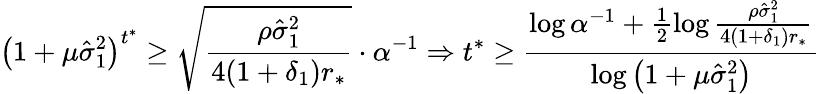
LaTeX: \left(1+\mu\hat{\sigma}_{1}^{2}\right)^{t^{*}}\geq\sqrt{\frac{\rho\hat{\sigma}_{1}^{2}}{4(1+\delta_{1})r_{*}}}\cdot\alpha^{-1}\Rightarrow t^{*}\geq\frac{\log\alpha^{-1}+\frac{1}{2}\log\frac{\rho\hat{\sigma}_{1}^{2}}{4(1+\delta_{1})r_{*}}}{\log\left(1+\mu\hat{\sigma}_{1}^{2}\right)}